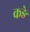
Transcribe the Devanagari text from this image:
कङे